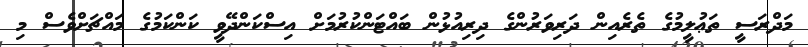
މަދްރަސީ ތަޢުލީމުގެ ތެރެއިން ދަރިވަރުންގެ ދިރިއުޅުން ބައްޓަންކުރުމަށް އިސްކަންދޭވީ ކަންކަމުގެ މައްޗަށްވެސް މި